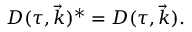
{ \cal D } ( \tau , \vec { k } ) ^ { * } = { \cal D } ( \tau , \vec { k } ) .